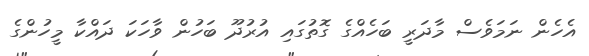
އެހެން ނަމަވެސް މާދަރީ ބަހެއްގެ ގޮތުގައި އުރުދޫ ބަހުން ވާހަކަ ދައްކާ މީހުންގެ